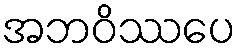
အဘဝိဿပေ